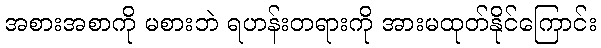
အစားအစာကို မစားဘဲ ရဟန်းတရားကို အားမထုတ်နိုင်ကြောင်း